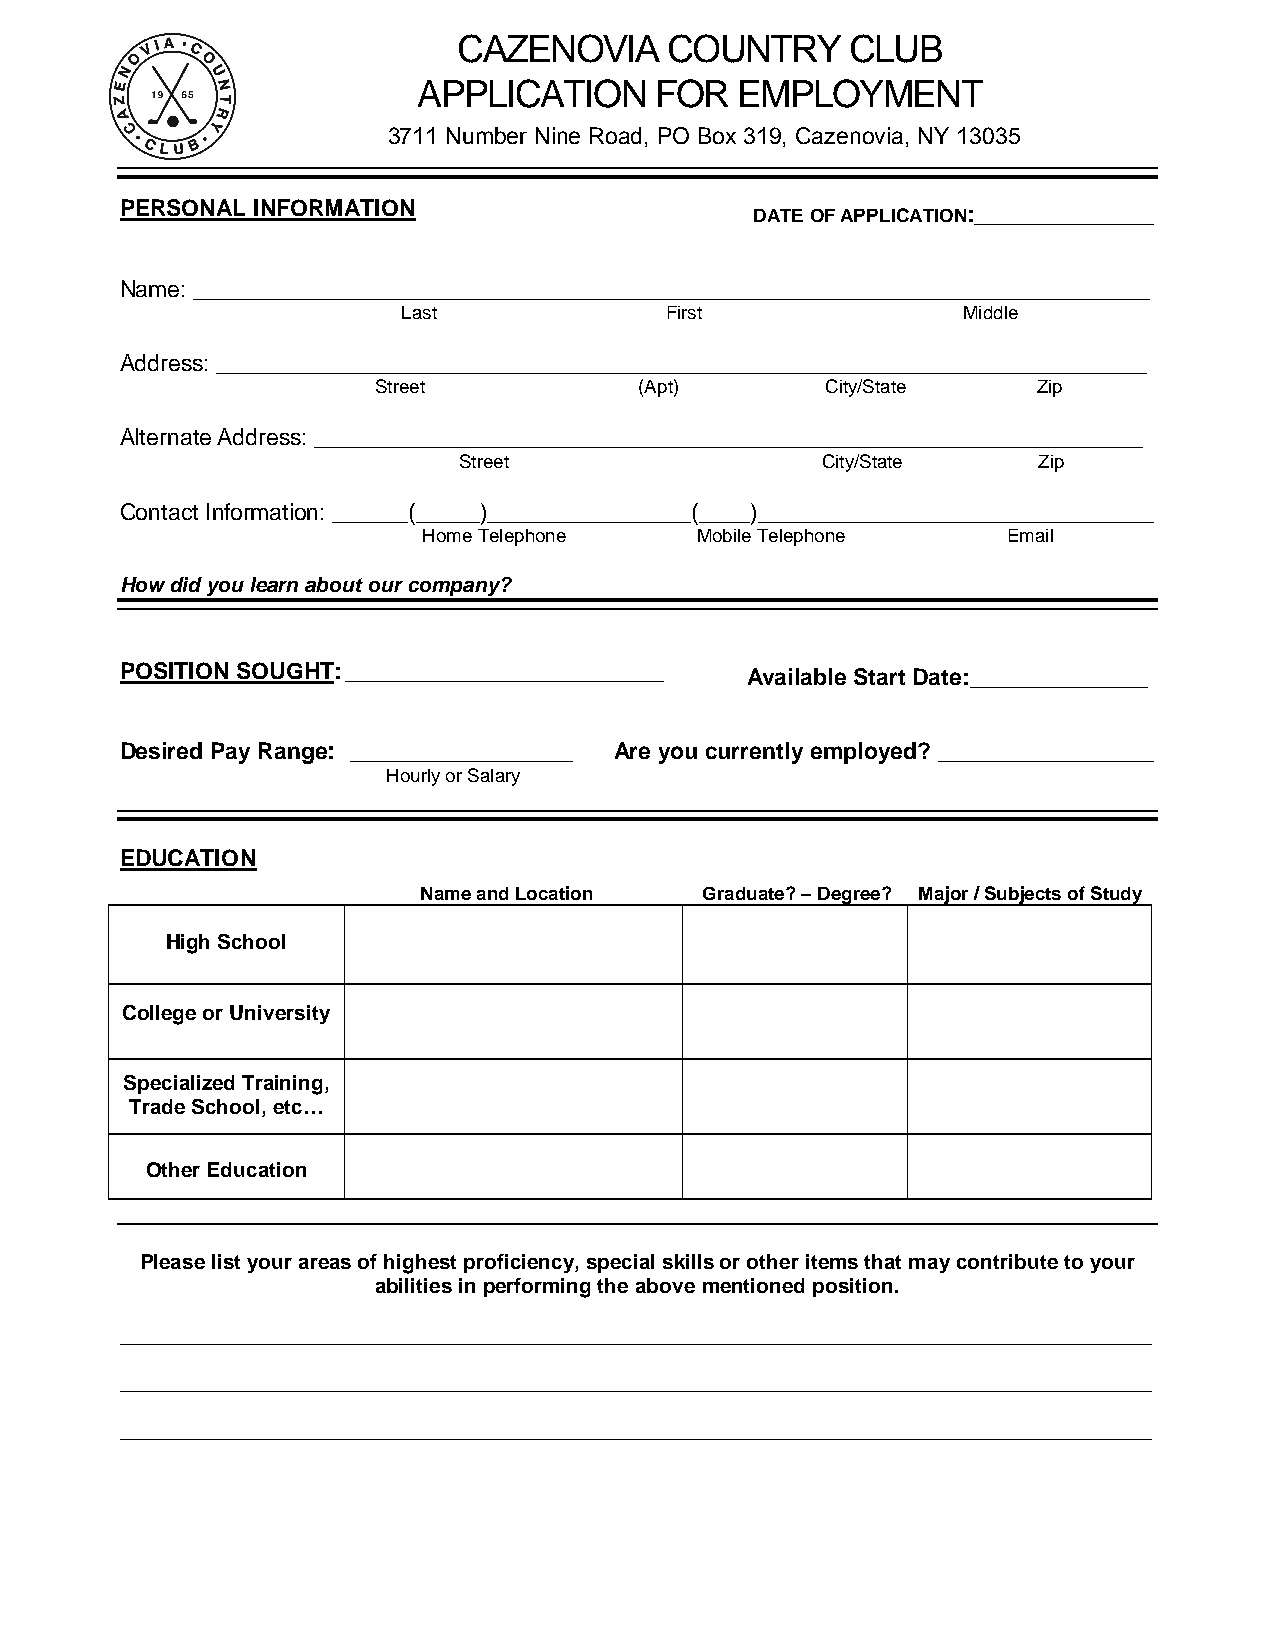
CAZENOVIA     COUNTRY     CLUB
 APPLICATION    FOR   EMPLOYMENT
 3711 Number Nine Road, PO Box 319, Cazenovia, NY 13035
 PERSONAL INFORMATION                      DATE OF APPLICATION:______________
 Name: ___________________________________________________________________________
 Last             First               Middle
 Address: _________________________________________________________________________
 Street           (Apt)        City/State    Zip
 Alternate Address: _________________________________________________________________
 Street                  City/State     Zip
 Contact Information: ______(_____)________________(____)_______________________________
 Home Telephone    Mobile Telephone     Email
 How did you learn about our company?
 POSITION SOUGHT: _________________________ Available Start Date:______________
 Desired Pay Range: ________________ Are you currently employed? _________________
 Hourly or Salary
 EDUCATION
 Name and Location  Graduate? – Degree? Major / Subjects of Study
 High School
 College or University
 Specialized Training,
 Trade School, etc…
 Other Education
 Please list your areas of highest proficiency, special skills or other items that may contribute to your
 abilities in performing the above mentioned position.
 _________________________________________________________________________________________
 _________________________________________________________________________________________
 _________________________________________________________________________________________